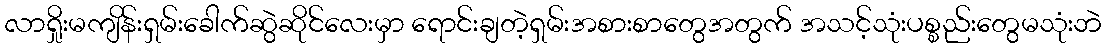
လာရှိုးမကျိန်းရှမ်းခေါက်ဆွဲဆိုင်လေးမှာ ရောင်းချတဲ့ရှမ်းအစားစာတွေအတွက် အသင့်သုံးပစ္စည်းတွေမသုံးဘဲ